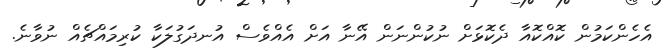
އެހެންކަމުން ކޮއްކޮއާ ދެކޮޅަށް ނުކުންނަން އޭނާ އަށް އެއްވެސް އުނދަގުލަކާ ކުރިމައްޗެއް ނުވާނެ.